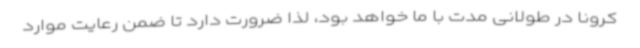
کرونا در طولانی مدت با ما خواهد بود، لذا ضرورت دارد تا ضمن رعایت موارد